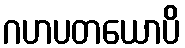
ဂဟပတယောပိ